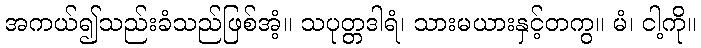
အကယ်၍သည်းခံသည်ဖြစ်အံ့။ သပုတ္တဒါရံ၊ သားမယားနှင့်တကွ။ မံ၊ ငါ့ကို။